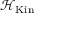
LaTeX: { \mathcal { H } } _ { \mathrm { K i n } }